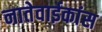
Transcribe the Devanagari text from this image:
नातेवाईकांस